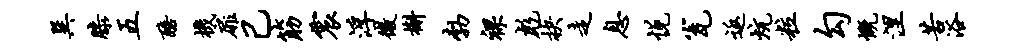
巽膝五醅机扉己筋震浮微槲勃裸彪抉走息悦瓮返炕粒勾慨涅苦浴